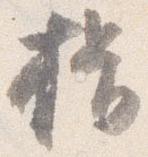
揖